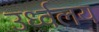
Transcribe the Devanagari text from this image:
उर्ध्वलय